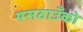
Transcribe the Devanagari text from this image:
यसठाउँको